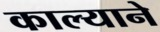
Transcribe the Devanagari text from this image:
काल्याने